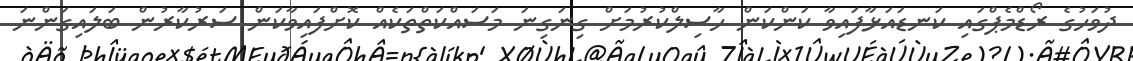
ދުވަހުގެ ރޯޑްމެޕްގައި ކަނޑައަޅާފައިވާ ކަންކަން ހާސިލްކުރުމަށް ގިނަގިނަ މަސައްކަތްތަކެއް ކޮށްފައިވާކަން ސަރުކާރުން ބަލައިގަންނަ